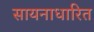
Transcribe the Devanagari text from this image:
सायनाधारित